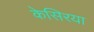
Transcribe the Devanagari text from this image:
केसिरया